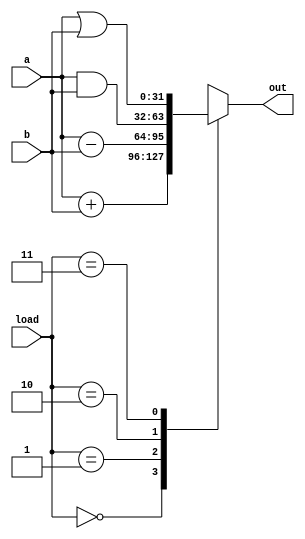
module ALU
#(parameter DATA_WIDTH = 32)
(
	input[DATA_WIDTH-1:0] a, 
	input[DATA_WIDTH-1:0] b,
	input[1:0] load,
	output reg [DATA_WIDTH-1:0] out
);

	always @ (*) 
	begin
		case(load)
			2'b00: out <= a + b; //Soma
			2'b01: out <= a - b;	//Subtrao
			2'b10: out <= a & b; //AND
			2'b11: out <= a | b; //OR
		endcase			
	end

endmodule